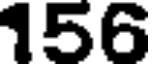
156